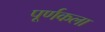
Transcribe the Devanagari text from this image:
पूर्णकला